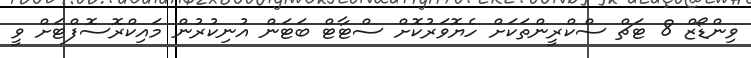
ވިންޑޯޒް 8 ޓަޗް ސްކްރީންތަކަށް ހެޔޮވަރުކޮށް ސްޓާޓް ބަޓަން އުނިކުރުން މައިކްރޮސޮފްޓަށް ވީ